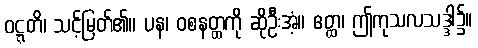
ဝဋ္ဋတိ၊ သင့်မြတ်၏။ ပန၊ ဝစနတ္ထကို ဆိုဦးအံ့။ ဧတ္ထ၊ ဤကုသလသဒ္ဒါ၌။